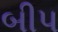
બીપ